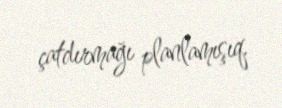
çatdırmağı planlamışıq.